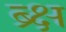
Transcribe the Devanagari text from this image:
ब्र्क्ष